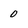
Character: 0